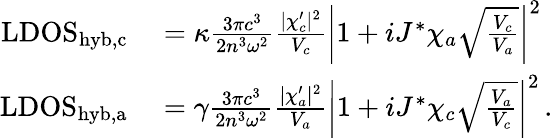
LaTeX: \begin{array}{rl}{\mathrm{LDOS}_{\mathrm{hyb,c}}}&{{}=\kappa\frac{3\pi c^{3}}{2n^{3}\omega^{2}}\frac{|\chi_{c}^{\prime}|^{2}}{V_{c}}\left|1+iJ^{*}\chi_{a}\sqrt{\frac{V_{c}}{V_{a}}}\right|^{2}}\\ {\mathrm{LDOS}_{\mathrm{hyb,a}}}&{{}=\gamma\frac{3\pi c^{3}}{2n^{3}\omega^{2}}\frac{|\chi_{a}^{\prime}|^{2}}{V_{a}}\left|1+iJ^{*}\chi_{c}\sqrt{\frac{V_{a}}{V_{c}}}\right|^{2}\, .}\end{array}